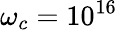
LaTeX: \omega_{c}=10^{16}